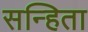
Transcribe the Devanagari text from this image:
सन्हिता